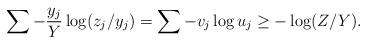
LaTeX: \begin{align*}\sum -\frac{y_j}{Y}\log(z_j/y_j)=\sum -v_j \log u_j\ge -\log(Z/Y).\end{align*}